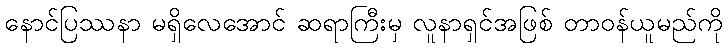
နောင်ပြဿနာ မရှိလေအောင် ဆရာကြီးမှ လူနာရှင်အဖြစ် တာဝန်ယူမည်ကို